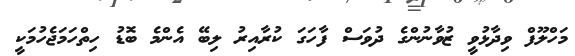
މަހްލޫފް ވިދާޅުވީ ޒުވާނުންގެ ދުވަސް ފާހަގަ ކުރާއިރު ލިބޭ އެންމެ ބޮޑު ހިތްހަމަޖެހުމަކީ